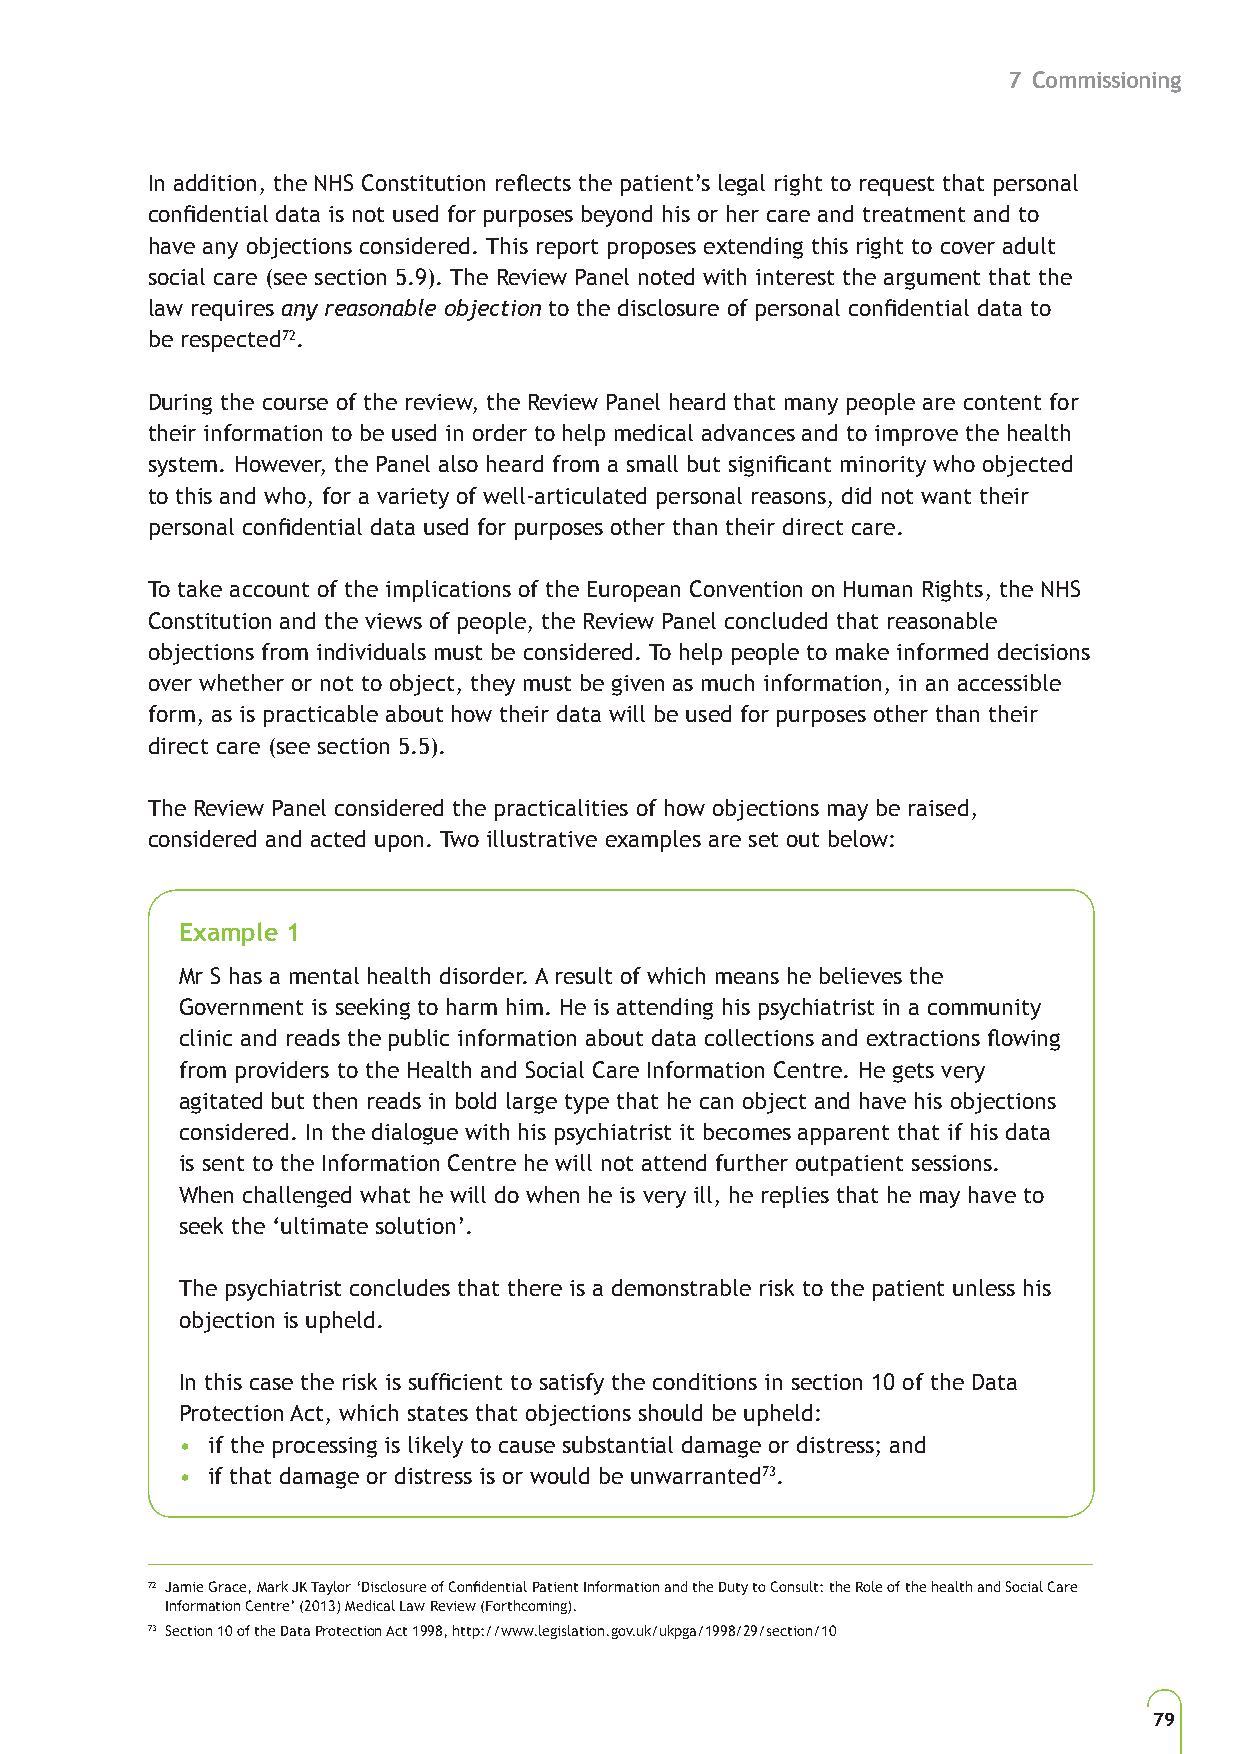
7 Commissioning
 In addition, the NHS Constitution reflects the patient’s legal right to request that personal
 confidential data is not used for purposes beyond his or her care and treatment and to
 have any objections considered. This report proposes extending this right to cover adult
 social care (see section 5.9). The Review Panel noted with interest the argument that the
 law requires any reasonable objection to the disclosure of personal confidential data to
 be respected72.
 During the course of the review, the Review Panel heard that many people are content for
 their information to be used in order to help medical advances and to improve the health
 system. However, the Panel also heard from a small but significant minority who objected
 to this and who, for a variety of well-articulated personal reasons, did not want their
 personal confidential data used for purposes other than their direct care.
 To take account of the implications of the European Convention on Human Rights, the NHS
 Constitution and the views of people, the Review Panel concluded that reasonable
 objections from individuals must be considered. To help people to make informed decisions
 over whether or not to object, they must be given as much information, in an accessible
 form, as is practicable about how their data will be used for purposes other than their
 direct care (see section 5.5).
 The Review Panel considered the practicalities of how objections may be raised,
 considered and acted upon. Two illustrative examples are set out below:73
 Example 1
 Mr S has a mental health disorder. A result of which means he believes the
 Government is seeking to harm him. He is attending his psychiatrist in a community
 clinic and reads the public information about data collections and extractions flowing
 from providers to the Health and Social Care Information Centre. He gets very
 agitated but then reads in bold large type that he can object and have his objections
 considered. In the dialogue with his psychiatrist it becomes apparent that if his data
 is sent to the Information Centre he will not attend further outpatient sessions.
 When challenged what he will do when he is very ill, he replies that he may have to
 seek the ‘ultimate solution’.
 The psychiatrist concludes that there is a demonstrable risk to the patient unless his
 objection is upheld.
 In this case the risk is sufficient to satisfy the conditions in section 10 of the Data
 Protection Act, which states that objections should be upheld:
 • if the processing is likely to cause substantial damage or distress; and
 • if that damage or distress is or would be unwarranted73.
 72 Jamie Grace, Mark JK Taylor ‘Disclosure of Confidential Patient Information and the Duty to Consult: the Role of the health and Social Care
 Information Centre’ (2013) Medical Law Review (Forthcoming).
 73 Section 10 of the Data Protection Act 1998, http://www.legislation.gov.uk/ukpga/1998/29/section/10
 79